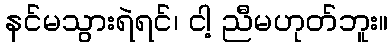
နင်မသွားရဲရင်၊ ငါ့ ညီမဟုတ်ဘူး။